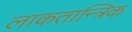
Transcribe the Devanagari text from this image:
लाकतान्त्रिक